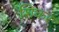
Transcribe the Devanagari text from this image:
शिकर